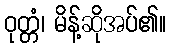
ဝုတ္တံ၊ မိန့်ဆိုအပ်၏။